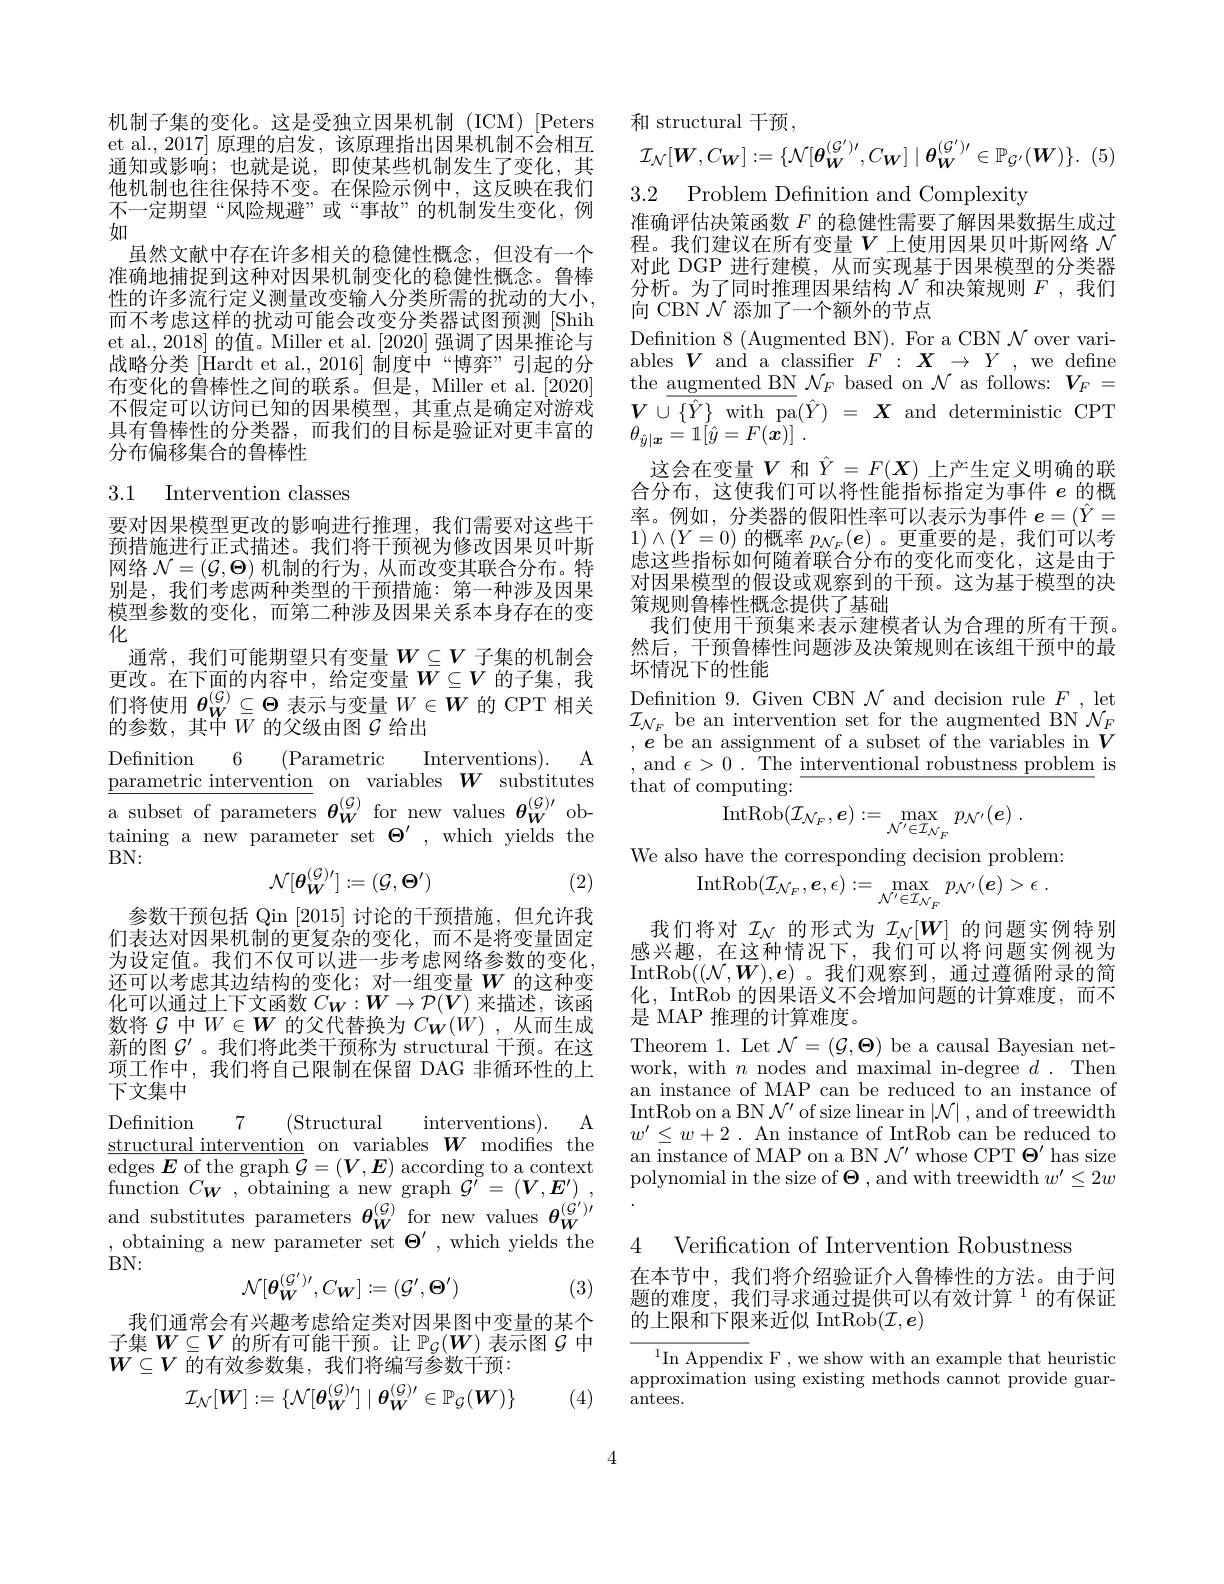
机制子集的变化。这是受独立因果机制(ICM)[Peters et al.,2017] 原理的启发，该原理指出因果机制不会相互通知或影响；也就是说，即使某些机制发生了变化，其他机制也往往保持不变。在保险示例中，这反映在我们不一定期望“风险规避”或“事故”的机制发生变化，例如
虽然文献中存在许多相关的稳健性概念，但没有一个准确地捕捉到这种对因果机制变化的稳健性概念。鲁棒性的许多流行定义测量改变输人分类所需的扰动的大小， 而不考虑这样的扰动可能会改变分类器试图预测[Shih et al., 2018] 的值。Miller et al. [2020] 强调了因果推论与战略分类[Hardt et al., 2016] 制度中“博弈”引起的分布变化的鲁棒性之间的联系。但是，Miller et al. [2020] 不假定可以访问已知的因果模型，其重点是确定对游戏具有鲁棒性的分类器，而我们的目标是验证对更丰富的分布偏移集合的鲁棒性

# 3.1 Intervention classes

要对因果模型更改的影响进行推理，我们需要对这些干预措施进行正式描述。我们将干预视为修改因果贝叶斯网络$\mathcal{N}=(\mathcal{G},\Theta)$机制的行为，从而改变其联合分布。特别是，我们考虑两种类型的干预措施：第一种涉及因果模型参数的变化，而第二种涉及因果关系本身存在的变化
通常，我们可能期望只有变量$W\subseteq V$子集的机制会更改。在下面的内容中，给定变量$W\subseteq V$的子集，我们将使用$\theta_W^{(\mathcal{G})}\subseteq\Theta$表示与变量$W\in W$的 CPT 相关的参数，其$\ddot{\text{中}}W$ 的父级由图$\mathcal{G}$ 给出

A
parametric intervention on variables $W$ substitutes

${\mathrm{Definition}}$ 6
(Parametric
Interventions).
taining a new parameter set $\Theta^\prime$, which yields the $BN:$
$$\mathcal{N}[\boldsymbol{\theta}_{W}^{(\mathcal{G})\prime}]:=(\mathcal{G},\boldsymbol{\Theta}^{\prime})$$
(2)

参数干预包括 Qin [2015]讨论的干预措施，但允许我们表达对因果机制的更复杂的变化，而不是将变量固定为设定值。我们不仅可以进一步考虑网络参数的变化， 还可以考虑其边结构的变化；对一组变量$W$的这种变化可以通过上下文函数$C_W:\boldsymbol{W}\to\mathcal{P}(V)$来描述，该函数将$\mathcal{G}$中$W\in W$的父代替换为$C_{\boldsymbol{W}}(W)$,从而生成新的图$\mathcal{G}^{\prime}$ 。我们将此类干预称为 structural 干预。在这项工作中，我们将自己限制在保留 DAG 非循环性的上下文集中
A
(Structural

7

$\underline{\text{structural intervention}}$ on variables $\boldsymbol W$ modifies the

interventions).

Definition
edges $\boldsymbol{E}$ of the graph $\mathcal{G}=(\boldsymbol V,\boldsymbol{E})$ according to a context function $C_{\boldsymbol{W}}$, obtaining a new graph $\mathcal{G}^\prime=\left(\boldsymbol{V},\boldsymbol{E}^{\prime}\right)$, $\begin{array}{ll}{\mathrm{and~substitutes~parameters~}\boldsymbol{\theta}_{\boldsymbol{W}}^{(\mathcal{G})}}&{\mathrm{for~new~values~}\boldsymbol{\theta}_{\boldsymbol{W}}^{(\mathcal{G}^{\prime})\prime}}\\{,\mathrm{~obtaining~a~new~parameter~set~}\boldsymbol{\Theta}^{\prime},\mathrm{~which~yields~the}}\end{array}$ BN:
$$\mathcal{N}[\boldsymbol{\theta}_{\boldsymbol{W}}^{(\mathcal{G}^{\prime})\prime},C_{\boldsymbol{W}}]:=(\mathcal{G}^{\prime},\boldsymbol{\Theta}^{\prime})$$
(3)

我们通常会有兴趣考虑给定类对因果图中变量的某个子集$W\subseteq V$的所有可能干预。让$\mathbb{P}_{\mathcal{G}}(W)$表示图$\mathcal{G}$中$W\subseteq V$的有效参数集，我们将编写参数干预：
$$\mathcal{I}_{\mathcal{N}}[W]:=\{\mathcal{N}[\theta_{W}^{(\mathcal{G})\prime}]\mid\theta_{W}^{(\mathcal{G})\prime}\in\mathbb{P}_{\mathcal{G}}(W)\}$$
(4)

和 structural 干预，
$$\mathcal{I}_{\mathcal{N}}[W,C_{\boldsymbol{W}}]:=\{\mathcal{N}[\boldsymbol{\theta}_{\boldsymbol{W}}^{(\mathcal{G}')\prime},C_{\boldsymbol{W}}]\mid\boldsymbol{\theta}_{\boldsymbol{W}}^{(\mathcal{G}')\prime}\in\mathbb{P}_{\mathcal{G}'}(\boldsymbol{W})\}.$$
准确评估决策函数$F$的稳健性需要了解因果数据生成过程。我们建议在所有变量$V$上使用因果贝叶斯网络 $\mathcal{N}$ 对此 DGP 进行建模，从而实现基于因果模型的分类器分析。为了同时推理因果结构$\mathcal{N}$和决策规则$F$,我们向 CBN $\mathcal{N}$添加了一个额外的节点

Definition 8 (Augmented BN). For a CBN $\mathcal{N}$ over variables $V$ and a classifier $F^{\prime}:\boldsymbol{X}\to Y$, we define the $\underline\text{augmented BN}\mathcal{N}_F$ based on $\mathcal{N}$ as follows: $V_F=$ $V\cup \overline {\{ \hat{Y} \} \text{ with pa}}( \hat{Y} )$ = $\boldsymbol{X}$and deterministic CPT $\theta _{\hat{y} | \boldsymbol{x}}= 1[ \hat{y} = F( \dot{\boldsymbol{x}} ) ]$ .
这会在变量$V$和$\hat{Y}=F(X)$上产生定义明确的联合分布，这使我们可以将性能指标指定为事件$e$的概率。例如，分类器的假阳性率可以表示为事件$e=(\hat{Y}=$ $1)\wedge(Y=0)$的概率$p_{\mathcal{N}_F}(\boldsymbol{e})$ 。更重要的是，我们可以考虑这些指标如何随着联合分布的变化而变化，这是由于对因果模型的假设或观察到的干预。这为基于模型的决策规则鲁棒性概念提供了基础
我们使用干预集来表示建模者认为合理的所有干预。然后，干预鲁棒性问题涉及决策规则在该组干预中的最坏情况下的性能
Defnition 9. Given CBN $\mathcal{N}$ and decision rule $F$, let $\mathcal{I}_{\mathcal{N}_{F}}$ be an intervention set for the augmented BN'$\mathcal{N}_F$

3.2 Problem Definition and Complexity
$,e$ be an assignment of a subset of the variables in $\bar{V}$ , and $\epsilon>0.$ The interventional robustness problem is that of computing:
$$\mathrm{IntRob}(\mathcal{I}_{\mathcal{N}_{F}},\boldsymbol{e}):=\operatorname*{max}_{\mathcal{N}^{\prime}\in\mathcal{I}_{\mathcal{N}_{F}}}p_{\mathcal{N}^{\prime}}(\boldsymbol{e})\:.$$
We also have the corresponding decision problem:
$$\mathrm{IntRob}(\mathcal{I}_{\mathcal{N}_{F}},\boldsymbol{e},\epsilon):=\max_{\mathcal{N}^{\prime}\in\mathcal{I}_{\mathcal{N}_{F}}}p_{\mathcal{N}^{\prime}}(\boldsymbol{e})>\epsilon\:.$$
我们将对$\mathcal{I}_N$的形式为$\mathcal{I}_N[W]$的问题实例特别感兴趣，在这种情况下，我们可以将问题实例视为IntRob$((\mathcal{N},\boldsymbol{W}),\boldsymbol{e})$。我们观察到，通过遵循附录的简化，IntRob 的因果语义不会增加问题的计算难度，而不是 MAP 推理的计算难度。
Theorem 1. Let $\mathcal{N}=(\mathcal{G},\boldsymbol{\Theta})$ be a causal Bayesian network, with $n$ nodes and maximal in-degree $d.$ Then an instance of MAP can be reduced to an instance of IntRob on a BN $\mathcal{N}^\prime$ of size linear in $|\mathcal{N}|$ , and of treewidth $w^{\prime}\leq w+2$ .An instance of IntRob can be reduced to an instance of MAP on a BN $\mathcal{N}^\prime$ whose CPT $\Theta^\prime$ has size polynomial in the size of $\Theta$ , and with treewidth $w^\prime\leq2w$ 4
Verification of Intervention Robustness

在本节中，我们将介绍验证介人鲁棒性的方法。由于问题的难度，我们寻求通过提供可以有效计算$^{1}$的有保证的上限和下限来近似 IntRob$(\mathcal{I},\boldsymbol{e})$

$^{1}$In Appendix F, we show with an example that heuristic approximation using existing methods cannot provide guarantees.

4